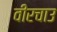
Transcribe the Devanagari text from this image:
वीरचाउ